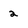
Character: 2